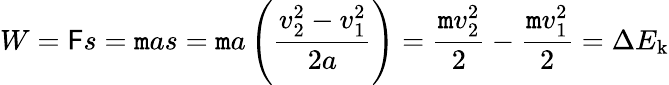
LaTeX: W=\mathsf{F}s=\mathtt{m}as=\mathtt{m}a\left({\frac{{v_{2}^{2}-v_{1}^{2}}}{{2a}}}\right)={\frac{{\mathtt{m}v_{2}^{2}}}{{2}}}-{\frac{{\mathtt{m}v_{1}^{2}}}{{2}}}=\Delta{E_{\mathrm{{k}}}}